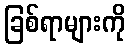
ခြစ်ရာများကို